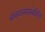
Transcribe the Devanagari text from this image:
बांधकामासंबंधित